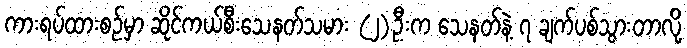
ကားရပ်ထားစဉ်မှာ ဆိုင်ကယ်စီးသေနတ်သမား (၂)ဦးက သေနတ်နဲ့ ၇ ချက်ပစ်သွားတာလို့